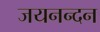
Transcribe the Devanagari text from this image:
जयनन्दन